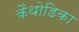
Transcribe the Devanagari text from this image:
कैथोडिका